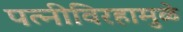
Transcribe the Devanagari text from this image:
पत्‍नीविरहामुळे